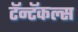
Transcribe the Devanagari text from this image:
टॅन्टॅकल्स